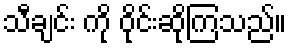
သီချင်း ကို ဝိုင်းဆိုကြသည်။